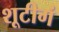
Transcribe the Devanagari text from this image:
शूटीगं